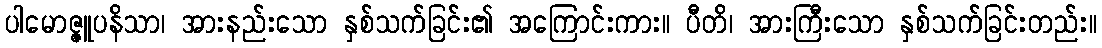
ပါမောဇ္ဇူပနိသာ၊ အားနည်းသော နှစ်သက်ခြင်း၏ အကြောင်းကား။ ပီတိ၊ အားကြီးသော နှစ်သက်ခြင်းတည်း။